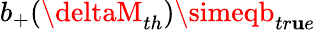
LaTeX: b_{+}(\deltaM_{th})\simeqb_{tr\mathbf{u}e}